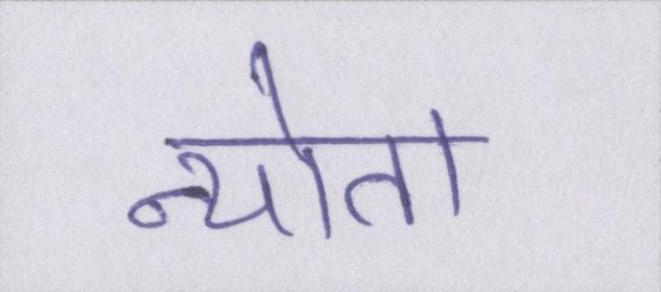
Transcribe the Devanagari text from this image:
न्योता